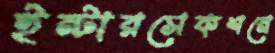
ইন্টারসেকশনে